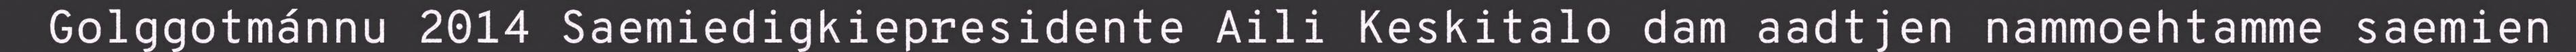
Golggotmánnu 2014 Saemiedigkiepresidente Aili Keskitalo dam aadtjen nammoehtamme saemien